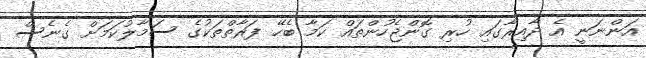
އަންނަނީ އެ ދާއިރާގައި ހުރި ގޮންޖެހުންތައް ކަމާ ބެހޭ ފަރާތްތަކުގެ ސަމާލުކަމަށް ގެނެސް